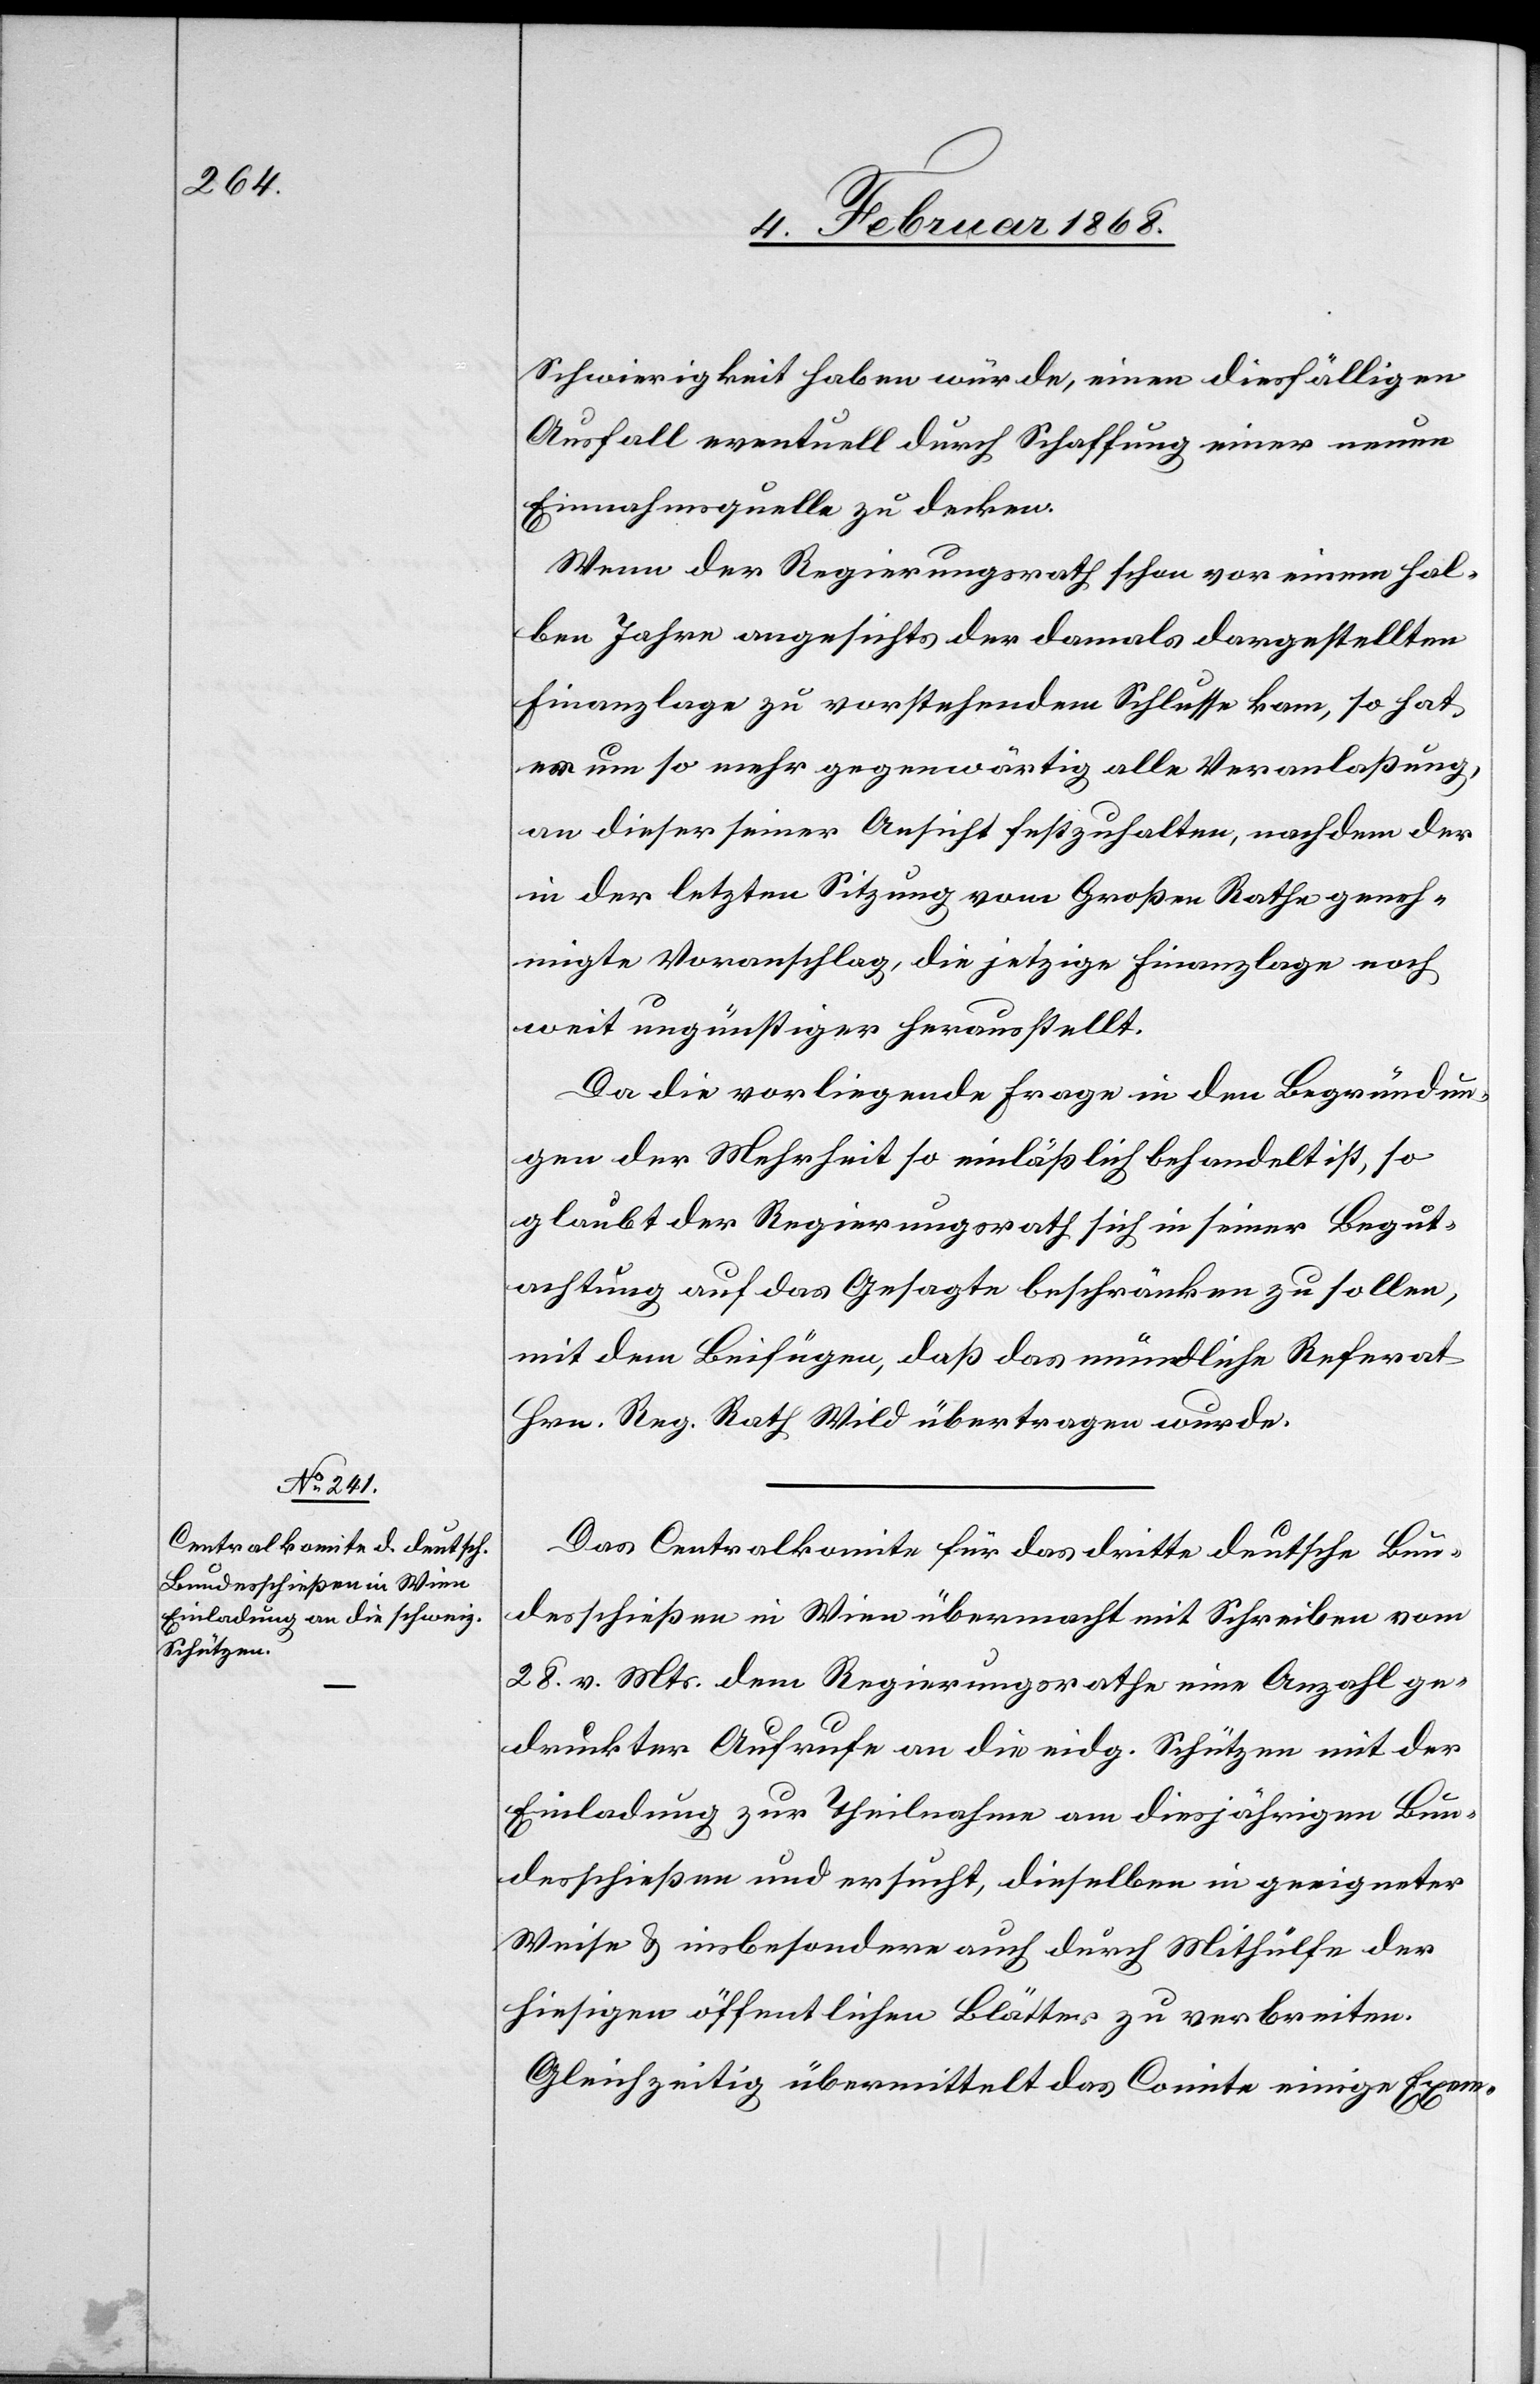
Schwierigkeit haben würde, einen diesfälligen
Ausfall eventuell durch Schaffung einer neuen
Einnahmsquelle zu decken.
Wenn der Regierungsrath schon vor einem hal¬
ben Jahre angesichts der damals dargestellten
Finanzlage zu vorstehendem Schlusse kam, so hat
er um so mehr gegenwärtig alle Veranlaßung,
an dieser seiner Ansicht festzuhalten, nachdem der
in der letzten Sitzung vom Großen Rathe geneh¬
migte Voranschlag, die jetzige Finanzlage noch
weit ungünstiger herausstellt.
Da die vorliegende Frage in den Begründun¬
gen der Mehrheit so einläßlich behandelt ist, so
glaubt der Regierungsrath sich in seiner Begut¬
achtung auf das Gesagte beschränken zu sollen,
mit dem Beifügen, daß das mündliche Referat
Hrn. Reg. Rath Wild übertragen wurde.
Das Centralkomite für das dritte deutsche Bun¬
desschießen in Wien übermacht mit Schreiben vom
28. v. Mts. dem Regierungsrathe eine Anzahl ge¬
druckter Aufrufe an die eidg. Schützen mit der
Einladung zur Theilnahme am diesjährigen Bun¬
desschießen und ersucht, dieselben in geeigneter
Weise & insbesondere auch durch Mithülfe der
hiesigen öffentlichen Blätter zu verbreiten.
Gleichzeitig übermittelt das Comite einige Exem-